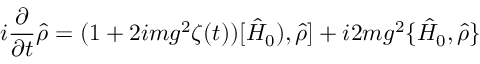
i \frac { \partial } { \partial t } \hat { \rho } = ( 1 + 2 i m g ^ { 2 } \zeta ( t ) ) [ \hat { H } _ { 0 } ) , \hat { \rho } ] + i 2 m g ^ { 2 } \{ \hat { H } _ { 0 } , \hat { \rho } \}